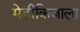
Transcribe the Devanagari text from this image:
मेडीकिजाला